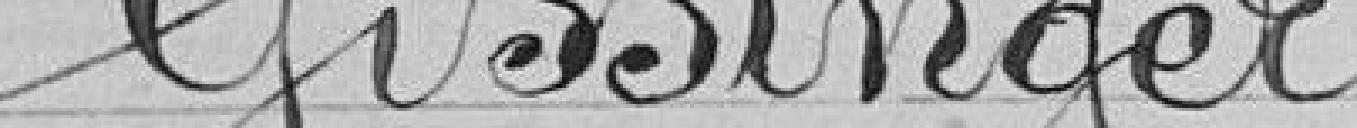
Gissinger